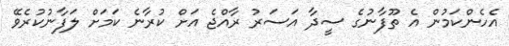
އެހެންކަމުން އެ ތޫފާނުގެ ސީދާ އަސަރު ރާއްޖެ އަށް ކުރާނެ ކަމަށް ލަފާނުކުރެވޭ